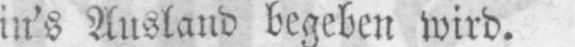
in’s Ausland begeben wird.